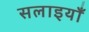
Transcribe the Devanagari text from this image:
सलाइयाँ